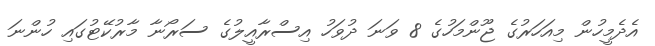
އެދެމީހުން މިއަހަރުގެ ޖޫންމަހުގެ 8 ވަނަ ދުވަހު އިސްރާއީލުގެ ސަރޯނާ މާރުކޭޓުގައި ހުންނަ